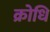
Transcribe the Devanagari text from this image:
क्रोधि